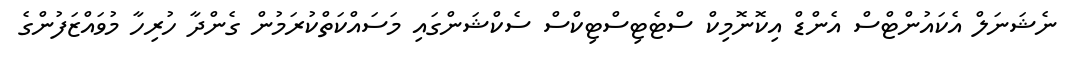
ނެޝަނަލް އެކައުންޓްސް އެންޑް އިކޮނޮމިކް ސްޓެޓިސްޓިކްސް ސެކްޝަންގައި މަސައްކަތްކުރަމުން ގެންދާ ހުރިހާ މުވައްޒަފުންގެ